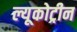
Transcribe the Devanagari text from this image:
ल्यूकोट्रीन